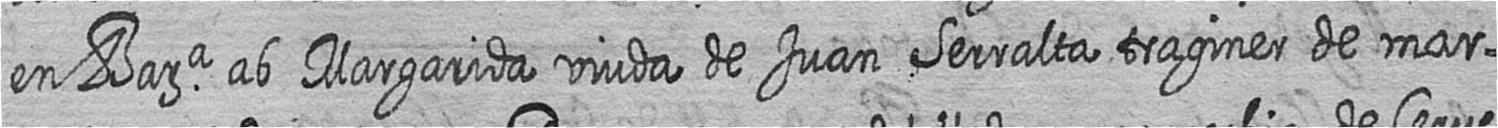
en Bara ab Margarida viuda de Juan Serralta traginer de mar